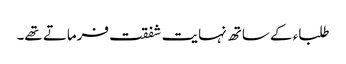
طلباء کے ساتھ نہایت شفقت فرماتے تھے۔